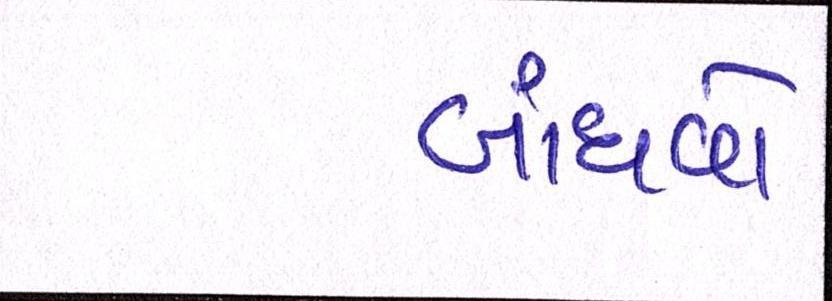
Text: બાંધવો